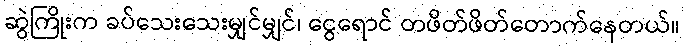
ဆွဲကြိုးက ခပ်သေးသေးမျှင်မျှင်၊ ငွေရောင် တဖိတ်ဖိတ်တောက်နေတယ်။